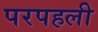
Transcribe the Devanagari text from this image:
परपहली